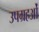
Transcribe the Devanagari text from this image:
उपग्रहओं